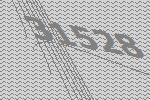
31528